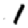
Digit: 1